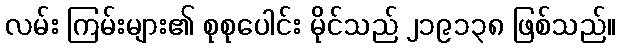
လမ်း ကြမ်းများ၏ စုစုပေါင်း မိုင်သည် ၂၁၉၁၃၈ ဖြစ်သည်။